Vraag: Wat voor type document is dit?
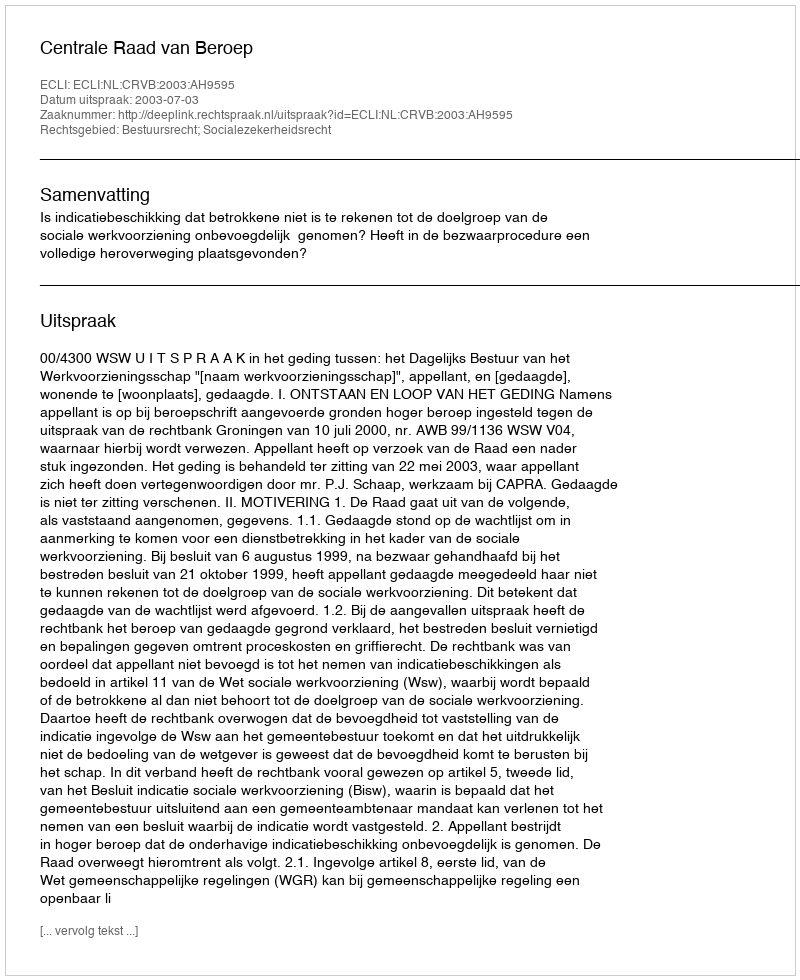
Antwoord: Uitspraak